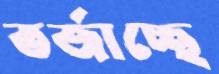
তর্জাচ্ছে